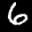
Label: 6